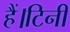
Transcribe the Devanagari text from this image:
हैं।टिनी